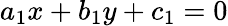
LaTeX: a_{1}x+b_{1}y+c_{1}=0